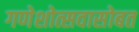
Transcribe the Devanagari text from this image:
गणेशोत्सवासोबत